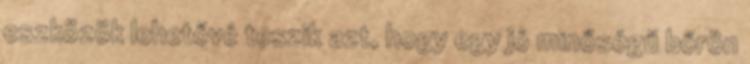
eszközök lehetővé teszik azt, hogy egy jó minőségű bőrön